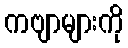
ကဗျာများကို